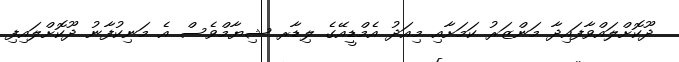
ދޫކޮށްލައްވާފައިދާ މަންޒަރު ކަމަށާއި މިއަދު އެމްޑީއޭގެ ލިޑާރ ޝިޔާމްވެސް އެ މަނިކުފާނު ދޫކޮށްލައިފި